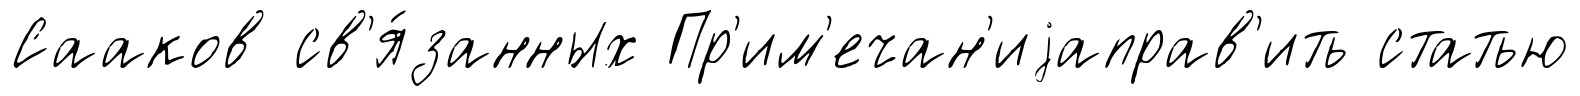
Сааков св'я́занных Пр'им'ечан'иjаправ'ить статью